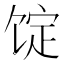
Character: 𩠆